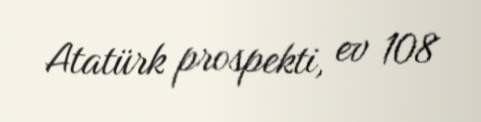
Atatürk prospekti, ev 108